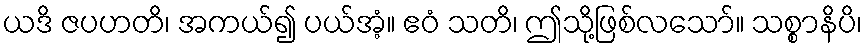
ယဒိ ဇပဟတိ၊ အကယ်၍ ပယ်အံ့။ ဧဝံ သတိ၊ ဤသို့ဖြစ်လသော်။ သစ္စာနိပိ၊